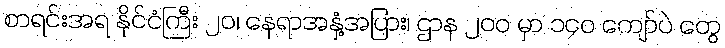
စာရင်းအရ နိုင်ငံကြီး ၂၀၊ နေရာအနှံ့အပြား၊ ဌာန ၂၀၀ မှာ ၁၄၀ ကျော်ပဲ တွေ